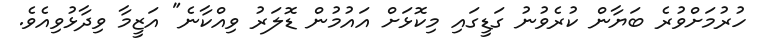
ހުރުމަށްވުރެ ބަޔާން ކުރެވުނު ގަޑީގައި މިކޮޅަށް އައުމުން ޑޮލަރު ވިއްކާނެ" އަޒީމާ ވިދާޅުވިއެވެ.